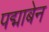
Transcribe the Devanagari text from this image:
पद्माबेन